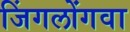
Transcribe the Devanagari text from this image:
जिंगलोंगवा